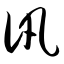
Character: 讯